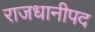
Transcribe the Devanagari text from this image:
राजधानीपद